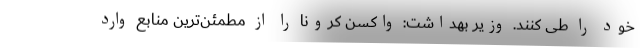
خود را طی کنند. وزیر بهداشت: واکسن کرونا را از مطمئن‌ترین منابع وارد